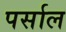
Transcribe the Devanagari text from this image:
पर्साल